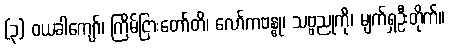
(၃) ဝယခါကျော်၊ ကြိမ်ငြားတော်တိ၊ လော်ကဗန္ဓု၊ သဗ္ဗညုကို၊ မျက်ရှဦးတိုက်။